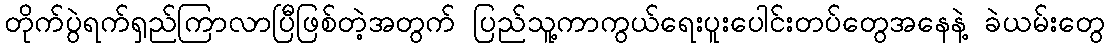
တိုက်ပွဲရက်ရှည်ကြာလာပြီဖြစ်တဲ့အတွက် ပြည်သူ့ကာကွယ်ရေးပူးပေါင်းတပ်တွေအနေနဲ့ ခဲယမ်းတွေ